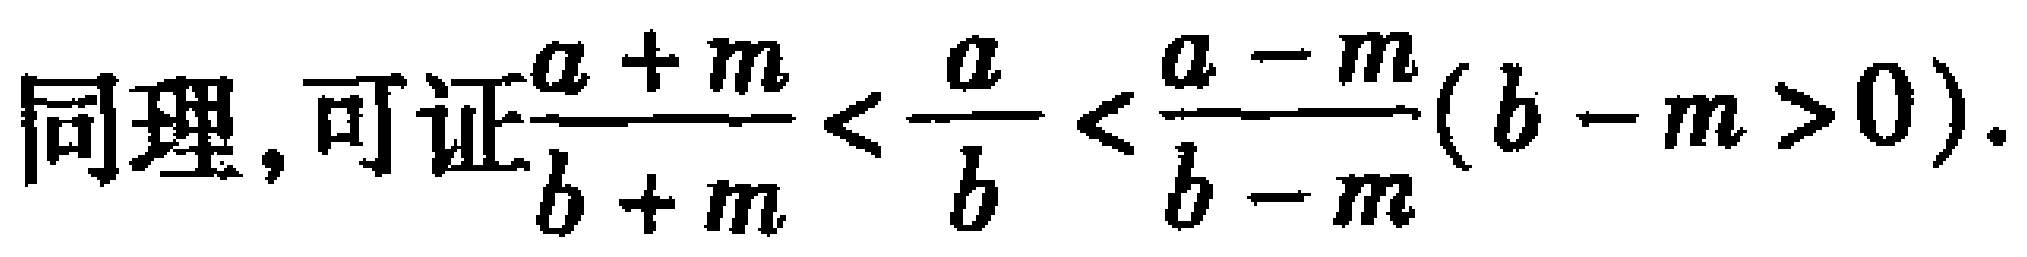
同理，可证$\frac{a + m}{b + m} < \frac{a}{b} < \frac{a - m}{b - m}(b - m > 0).$